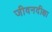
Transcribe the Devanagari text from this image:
जीवनदीक्षा